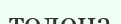
толона